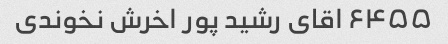
۶۴۵۵ اقای رشید پور اخرش نخوندی